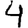
Digit: 4